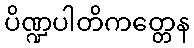
ပိဏ္ဍပါတိကတ္တေန